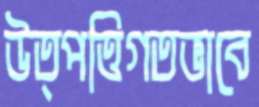
উত্পত্তিগতভাবে